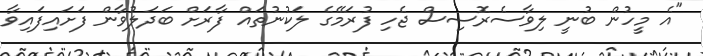
"އެ މީހުން ބުނީ ލިވާސެރޮސިސް ޖެހި ފުރަމޭގެ ލަކުނުތައް ފާރަށް ބަދަލުވާން ފަށައިފައިވާ